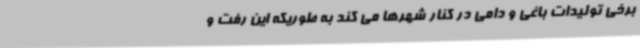
برخی تولیدات باغی و دامی در کنار شهرها می کند به طوریکه این رفت و